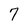
Character: 7